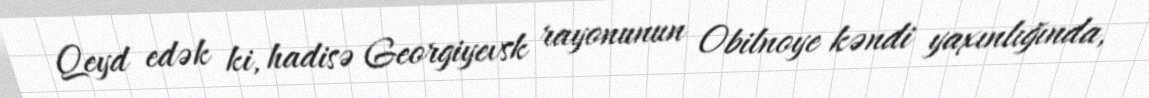
Qeyd edək ki, hadisə Georgiyevsk rayonunun Obilnoye kəndi yaxınlığında,